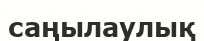
саңылаулық